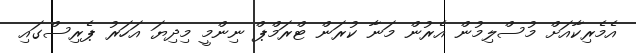
އެމެރިކާއަށް މުސްލިމުން އެރުން މަނާ ކުރަން ޓްރަމްޕް ނިންމީ މިދިޔަ އަހަރު ޕެރިސްގައި